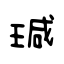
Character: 瑊